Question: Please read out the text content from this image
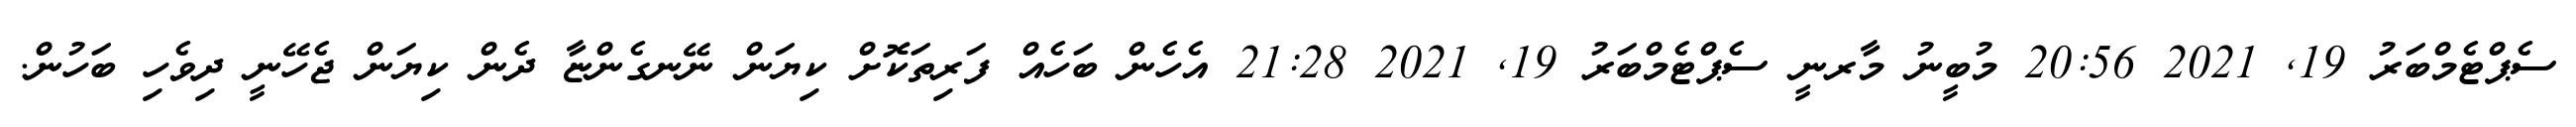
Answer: ސެޕްޓެމްބަރު 19, 2021 20:56 މުބީނު މާރނީ ސެޕްޓެމްބަރު 19, 2021 21:28 އެހެން ބަހެއް ފަރިތަކޮށް ކިޔަން ނޭނގެންޏާ ދެން ކިޔަން ޖެހޭނީ ދިވެހި ބަހުން.